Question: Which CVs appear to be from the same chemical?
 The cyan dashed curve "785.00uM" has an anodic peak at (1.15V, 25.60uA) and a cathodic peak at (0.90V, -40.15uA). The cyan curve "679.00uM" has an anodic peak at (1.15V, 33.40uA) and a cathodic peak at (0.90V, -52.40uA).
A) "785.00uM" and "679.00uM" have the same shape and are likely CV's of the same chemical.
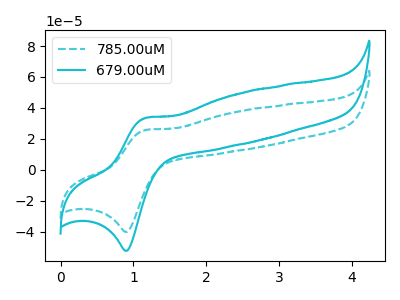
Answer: <think>All the peaks in "785.00uM" have a peak in "679.00uM" at the same potential. Every peak in "785.00uM" is lower than every peak in "679.00uM".
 </think>
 <answer>A) "785.00uM" and "679.00uM" have the same shape and are likely CV's of the same chemical.</answer>
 <eval>A</eval>